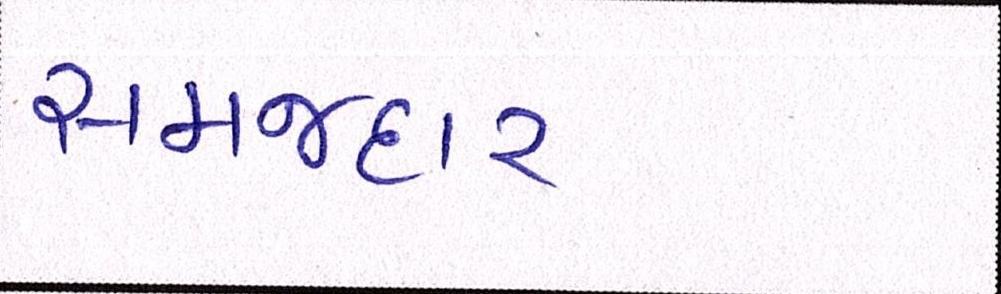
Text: સમજદાર